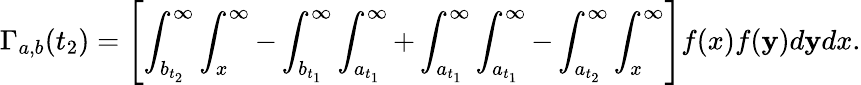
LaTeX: \Gamma_{a,b}(t_{2})=\left[\int_{b_{t_{2}}}^{\infty}\int_{x}^{\infty}-\int_{b_{t_{1}}}^{\infty}\int_{a_{t_{1}}}^{\infty}+\int_{a_{t_{1}}}^{\infty}\int_{a_{t_{1}}}^{\infty}-\int_{a_{t_{2}}}^{\infty}\int_{x}^{\infty}\right]f(x)f(\mathbf{y})d\mathbf{y}dx.